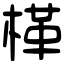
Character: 㮖